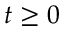
t \geq 0